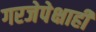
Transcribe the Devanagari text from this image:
गरजेपेक्षाही